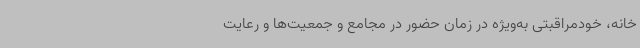
خانه، خودمراقبتی به‌ویژه در زمان حضور در مجامع و جمعیت‌ها و رعایت